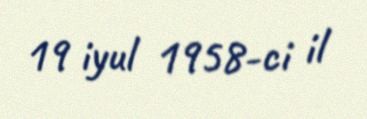
19 iyul 1958-ci il